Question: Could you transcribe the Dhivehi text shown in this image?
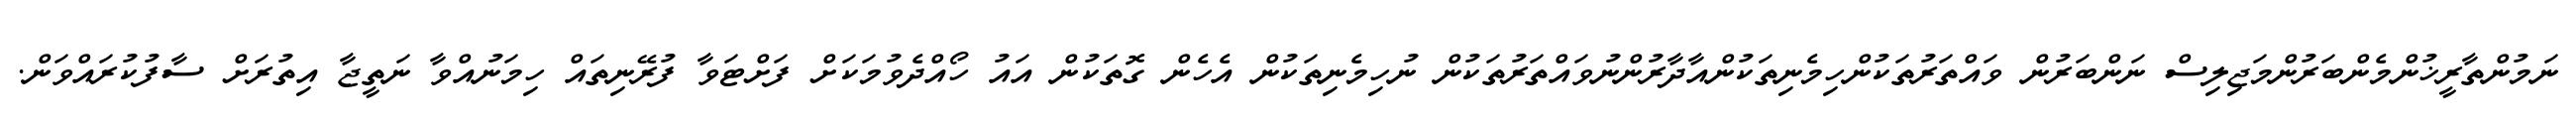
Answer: ނަމުންތާރީޚުންމެންބަރުންމަޖިލިސް ނަންބަރުން ވައްތަރުތަކުންހިމެނިތަކުންއާދާރުންނުވައްތަރުތަކުން ނުހިމެނިތަކުން އެހެން ގޮތަކުން އައު ހޯއްދެވުމަކަށް ފަށްޓަވާ ފުރޭނިތައް ހިމަނުއްވާ ނަތީޖާ އިތުރަށް ސާފުކުރައްވަން.